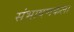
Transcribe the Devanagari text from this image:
संभाषणकला